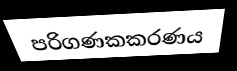
පරිගණකකරණය